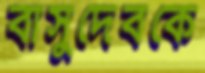
বাসুদেবকে